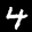
Label: 4